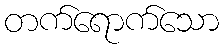
တက်ရောက်သော